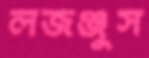
লজঞ্জুস